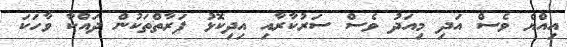
އިއްޔެ ވެސް އަދި މިއަދު ވެސް ސަރުކާރާއި އިދިކޮޅު ފަރާތްތަކުން ދައްކާ ވާހަކަ